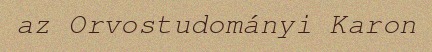
az Orvostudományi Karon